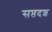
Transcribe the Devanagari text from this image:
सप्तदश